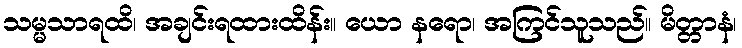
သမ္မသာရထိ၊ အချင်းရထားထိန်း။ ယော နရော၊ အကြင်သူသည်။ မိတ္တာနံ၊